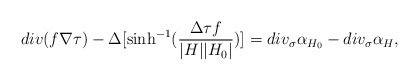
\begin{align*} div(f \nabla \tau) - \Delta [ \sinh^{-1} (\frac{\Delta \tau f}{|H||H_0|})] =div_{\sigma} \alpha_{H_0} - div_{\sigma} \alpha_{H}, \end{align*}